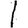
Digit: 1